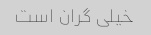
خیلی گران است